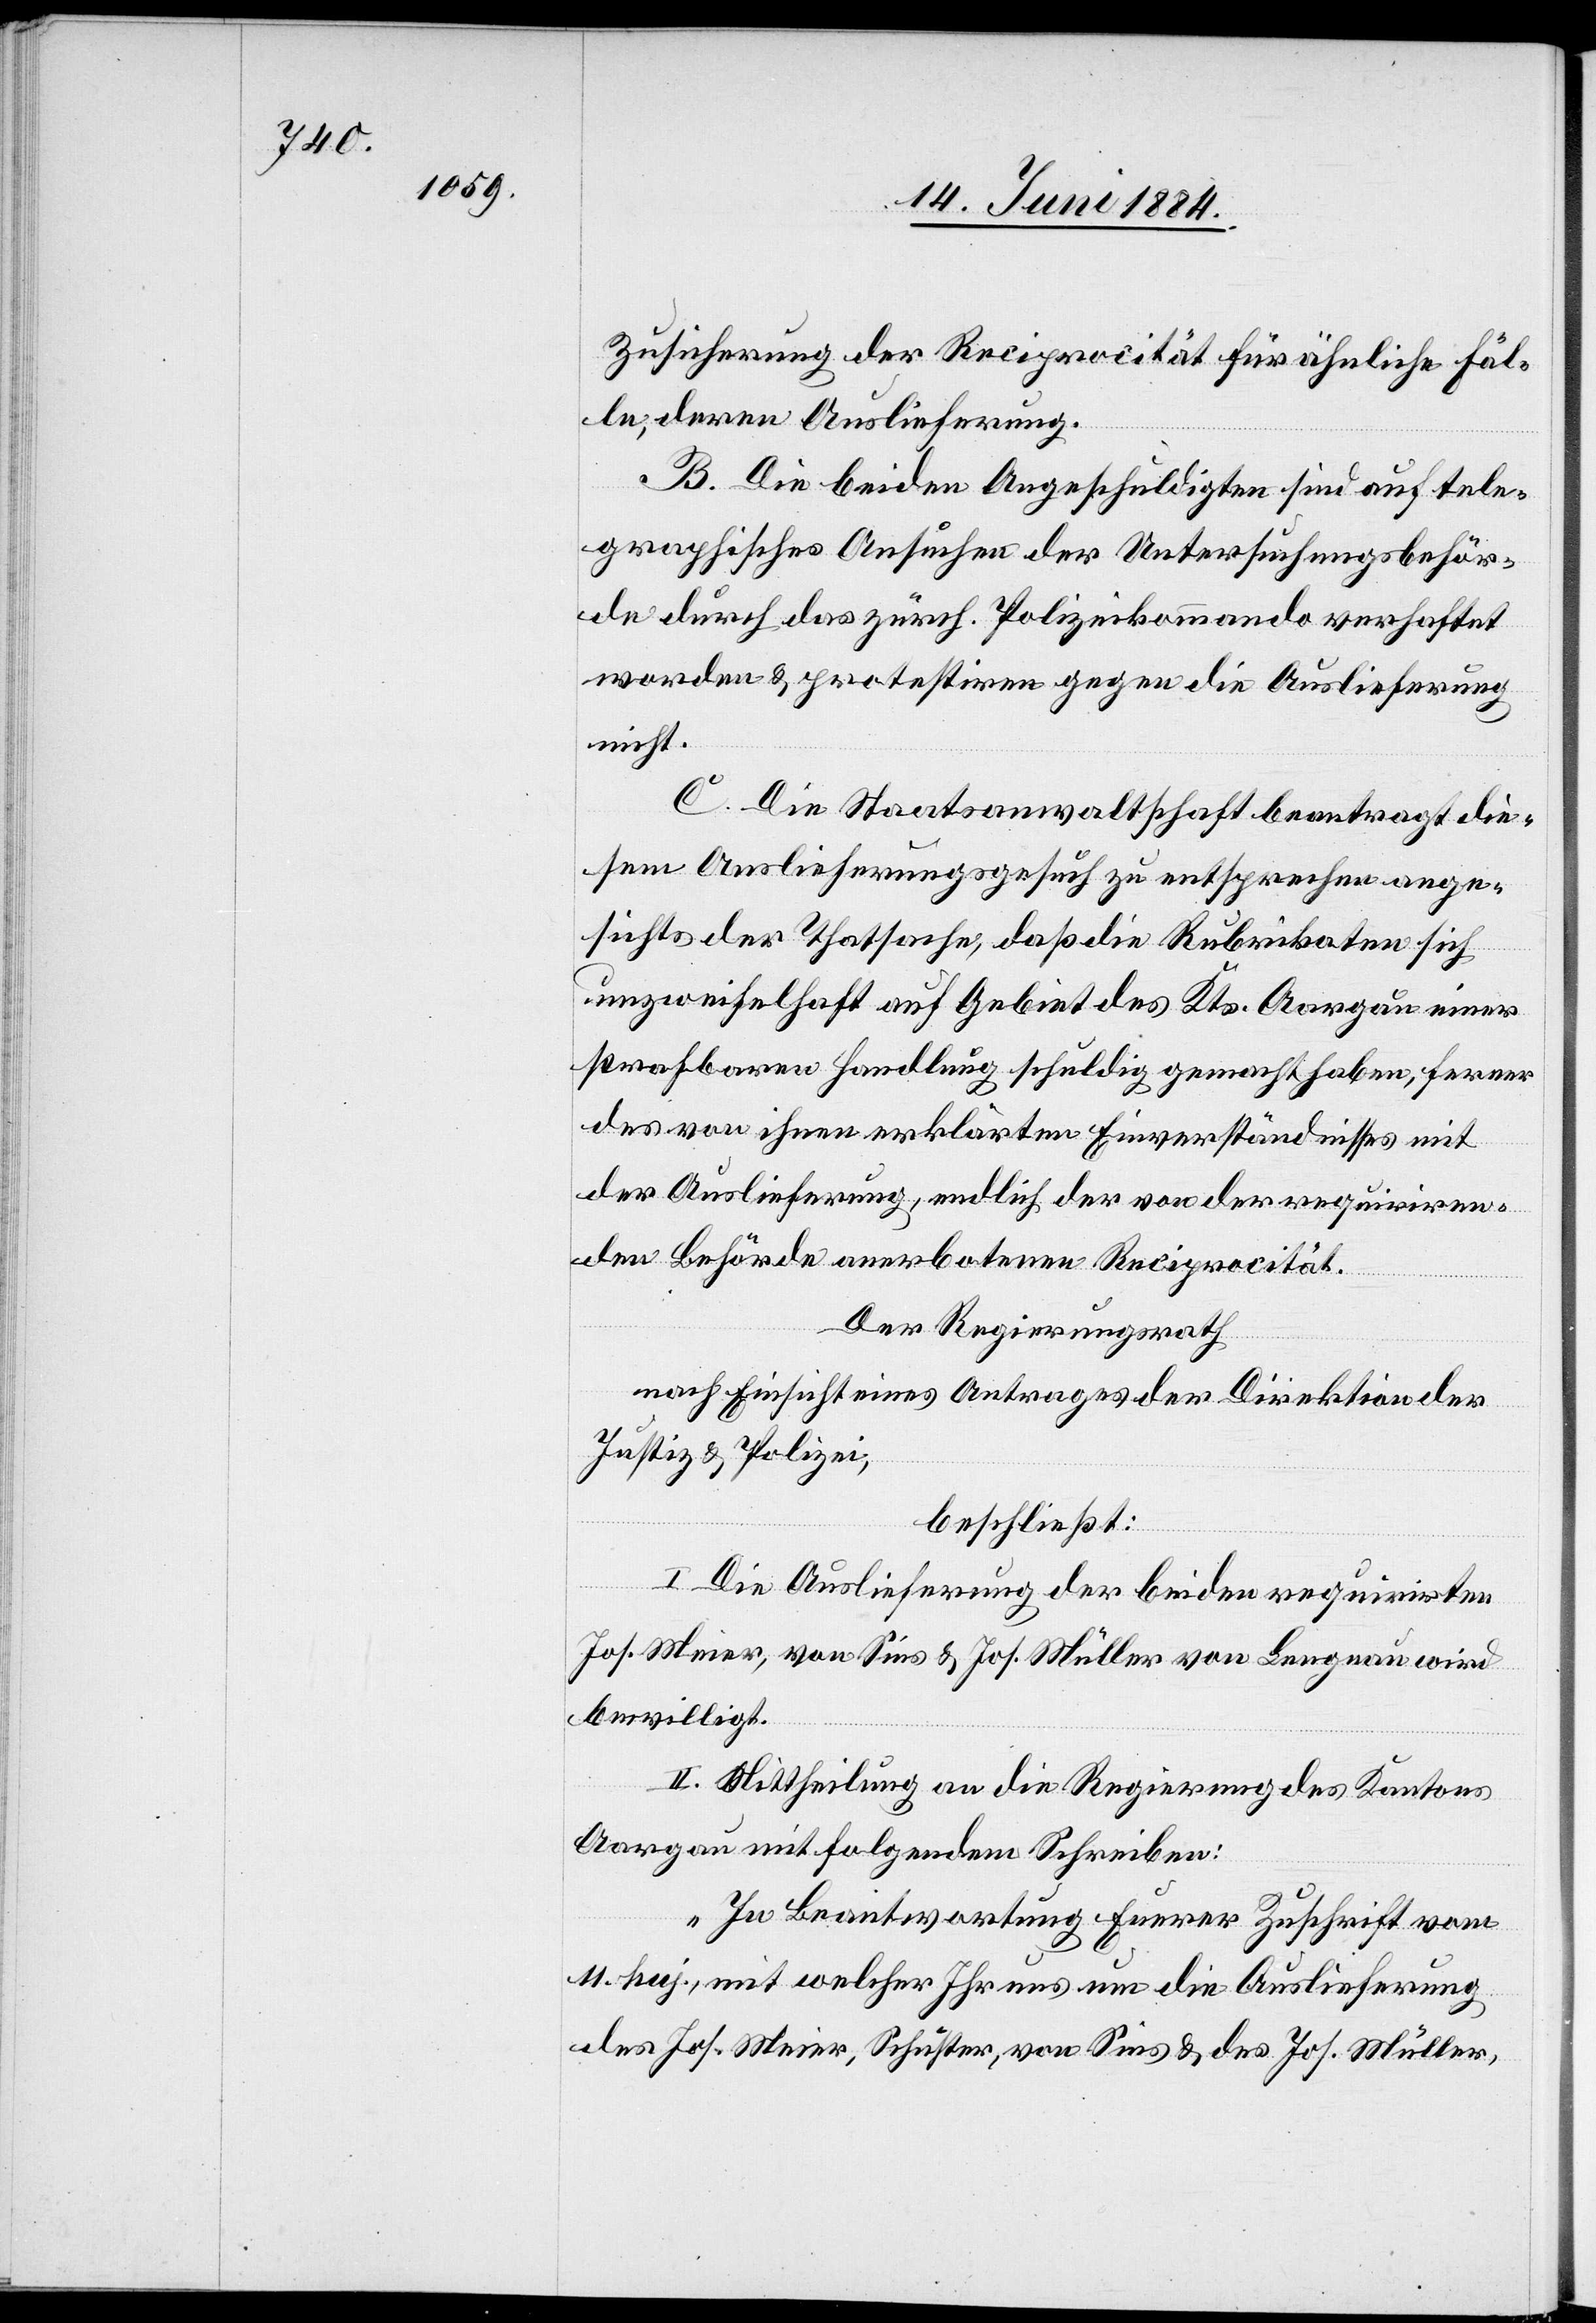
Zusicherung der Reciprocität für ähnliche Fäl¬
le, deren Auslieferung.
B. Die beiden Angeschuldigten sind auf tele¬
graphisches Ansuchen der Untersuchungsbehör¬
de durch das zürch. Polizeikommando verhaftet
worden & protestiren gegen die Auslieferung
nicht.
C. Die Staatsanwaltschaft beantragt die¬
sem Auslieferungsgesuch zu entsprechen ange¬
sichts der Thatsache, daß die Rubrikaten sich
unzweifelhaft auf Gebiet des Kts. Aargau einer
strafbaren Handlung schuldig gemacht haben, ferner
des von ihnen erklärten Einverständnisses mit
der Auslieferung, endlich der von der requiriren¬
den Behörde anerbotenen Reciprocität.
Der Regierungsrath
nach Einsicht eines Antrages der Direktion der
Justiz & Polizei,
beschließt:
I. Die Auslieferung der beiden requirirten
Jos. Meier, von Sins & Jos. Müller von Lengnau wird
bewilligt.
II. Mittheilung an die Regierung des Kantons
Aargau mit folgendem Schreiben:
„In Beantwortung Euerer Zuschrift vom
11. huj., mit welcher Ihr uns um die Auslieferung
des Jos. Meier, Schuster, von Sins & des Jos. Müller,